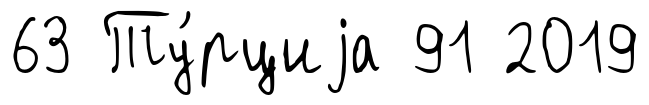
63 Ту́рциjа 91 2019